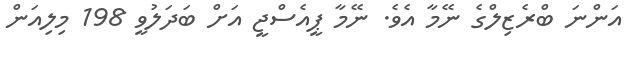
އަންނަ ބްރެޒިލްގެ ނޭމާ އެވެ. ނޭމާ ޕީއެސްޖީ އަށް ބަދަލުވީ 198 މިލިއަން